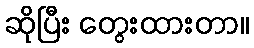
ဆိုပြီး တွေးထားတာ။